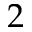
2